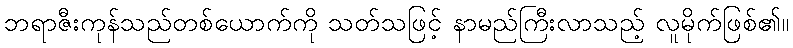
ဘရာဇီးကုန်သည်တစ်ယောက်ကို သတ်သဖြင့် နာမည်ကြီးလာသည့် လူမိုက်ဖြစ်၏။